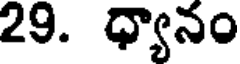
29. ధ్యానం